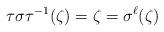
LaTeX: \begin{align*}\tau \sigma \tau^{-1} (\zeta) = \zeta = \sigma^\ell(\zeta) \end{align*}